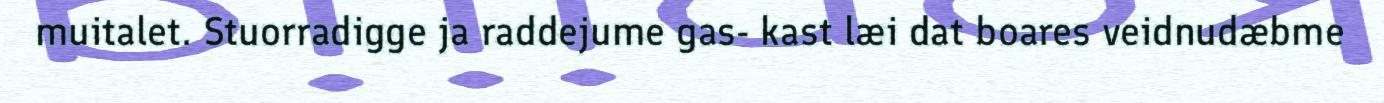
muitalet. Stuorradigge ja raddejume gas- kast læi dat boares veidnudæbme